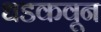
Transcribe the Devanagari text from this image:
धडकवून